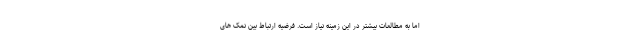
اما به مطالعات بیشتر در این زمینه نیاز است. فرضیه ارتباط بین نمک های